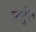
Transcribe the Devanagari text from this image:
लार्गुएत